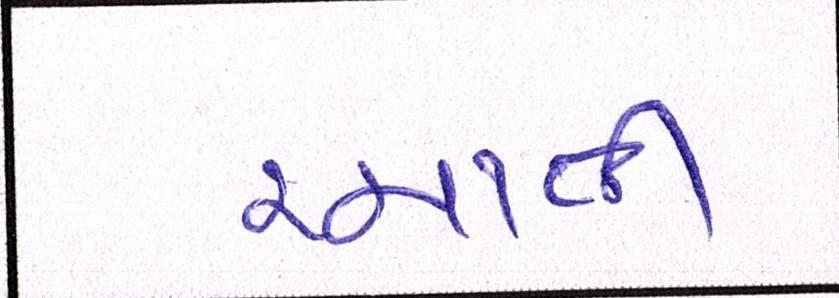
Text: રચાતી